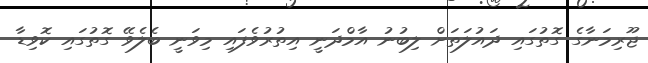
ޖޫރިމަނާގެ ގޮތުގައި ދައުލަތަށް ލިބުނު އާމްދަނީ އިތުރުވެފައި މިވަނީ ބެލެވޭ ގޮތުގައި ކޮވިޑާ